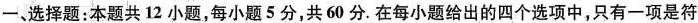
一、选择题：本题共12小题，每小题5分，共60分。在每小题给出的四个选项中，只有一项是符